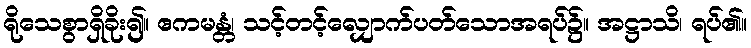
ရိုသေစွာရှိခိုး၍။ ဧကမန္တံ၊ သင့်တင့်လျှောက်ပတ်သောအရပ်၌။ အဋ္ဌာသိ၊ ရပ်၏။